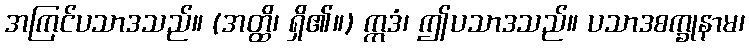
အကြင်ပသာဒသည်။ (အတ္ထိ၊ ရှိ၏။) ဣဒံ၊ ဤပသာဒသည်။ ပသာဒစက္ခုနာမ၊